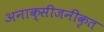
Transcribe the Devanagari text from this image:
अनाक्सीजनीकृत